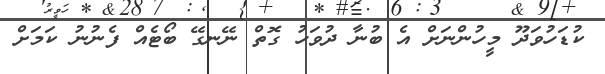
ކުޑަހުވަދޫ މީހުންނަށް އެ ބުނާ ދުވަހު ގޮތް ނޭނގޭ ބޯޓެއް ފެނުނު ކަމަށް